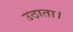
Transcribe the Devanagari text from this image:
उठाता।